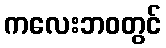
ကလေးဘဝတွင်